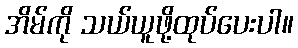
အိမ်ကို သယ်ယူဖို့ထုပ်ပေးပါ။